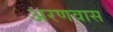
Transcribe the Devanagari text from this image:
अरणवास